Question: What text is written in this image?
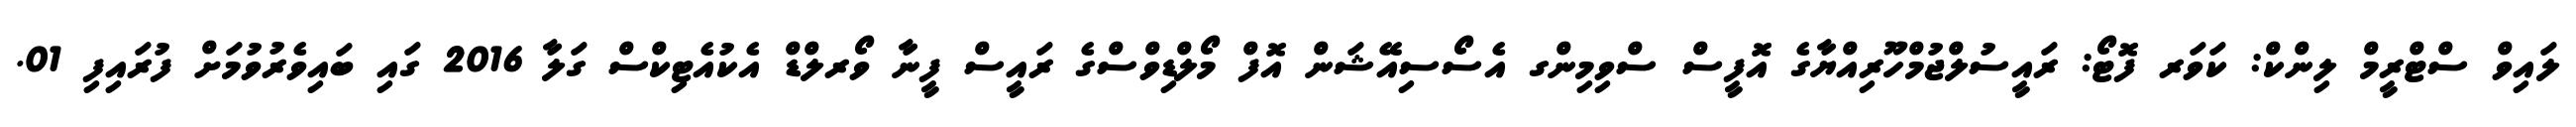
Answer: ލައިވް ސްޓްރީމް ލިންކް: ކަވަރ ފޮޓޯ: ރައީސުލްޖުމްހޫރިއްޔާގެ އޮފީސް ސްވިމިންގ އެސޯސިއޭޝަން އޮފް މޯލްޑިވްސްގެ ރައީސް ފީނާ ވޯރލްޑް އެކުއެޓިކްސް ގަލާ 2016 ގައި ބައިވެރުވުމަށް ފުރައިފި 01.